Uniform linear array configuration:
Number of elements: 8
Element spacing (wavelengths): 1
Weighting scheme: hann
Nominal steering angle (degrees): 60
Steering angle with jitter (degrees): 60.74
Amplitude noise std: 0.05
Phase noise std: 0.05

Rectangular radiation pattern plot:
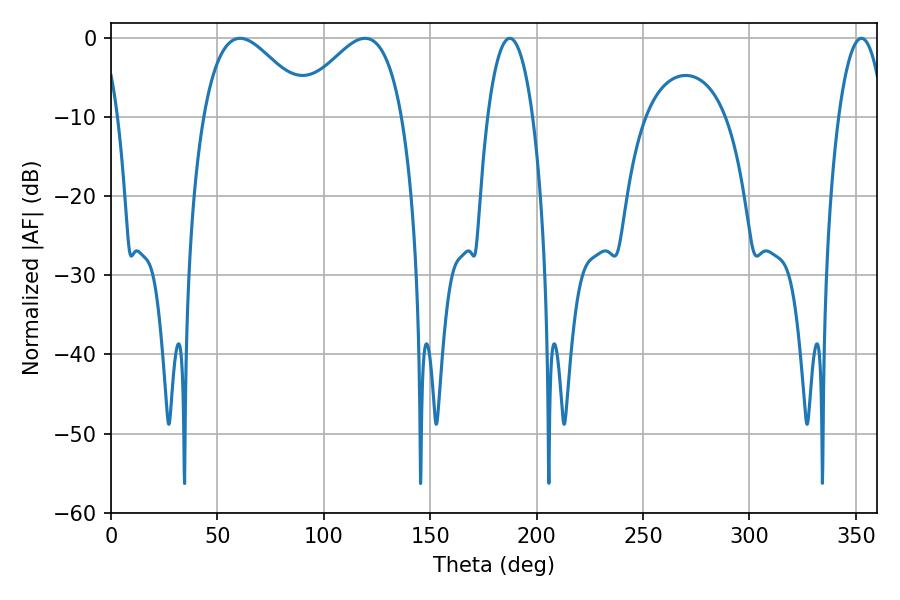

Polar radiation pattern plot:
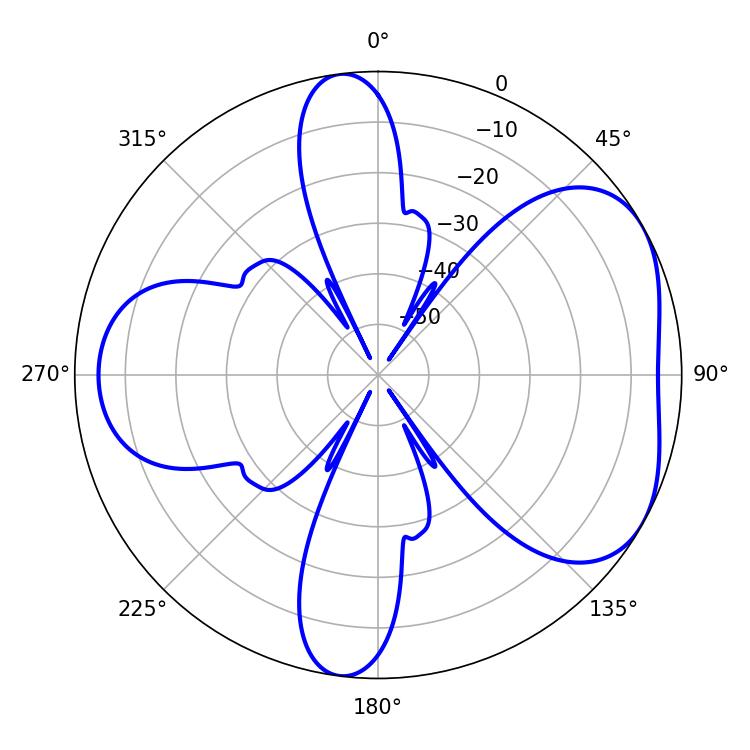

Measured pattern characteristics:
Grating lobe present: TRUE
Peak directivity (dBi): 4.813
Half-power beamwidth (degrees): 11.88
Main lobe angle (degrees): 352.62